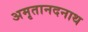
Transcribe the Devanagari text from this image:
अमृतानदनाथ